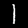
Label: 1